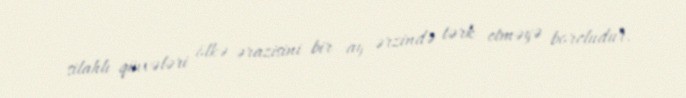
silahlı qüvvələri ölkə ərazisini bir ay ərzində tərk etməyə borcludur.